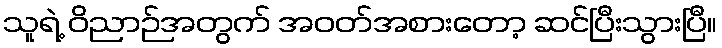
သူရဲ့ ဝိညာဉ်အတွက် အဝတ်အစားတော့ ဆင်ပြီးသွားပြီ။